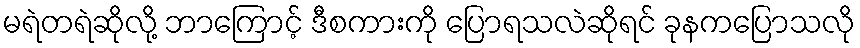
မရဲတရဲဆိုလို့ ဘာကြောင့် ဒီစကားကို ပြောရသလဲဆိုရင် ခုနကပြောသလို